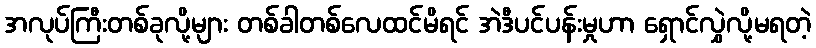
အလုပ်ကြီးတစ်ခုလို့များ တစ်ခါတစ်လေထင်မိရင် အဲဒီပင်ပန်းမှုဟာ ရှောင်လွှဲလို့မရတဲ့